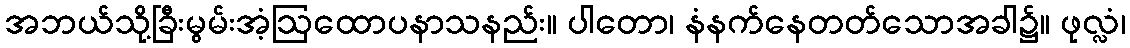
အဘယ်သို့ခြီးမွမ်းအံ့ဩထောပနာသနည်း။ ပါတော၊ နံနက်နေတတ်သောအခါ၌။ ဖုလ္လံ၊